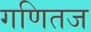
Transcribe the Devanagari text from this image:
गणितज